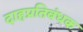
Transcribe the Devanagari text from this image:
दाहप्रतिबंधक